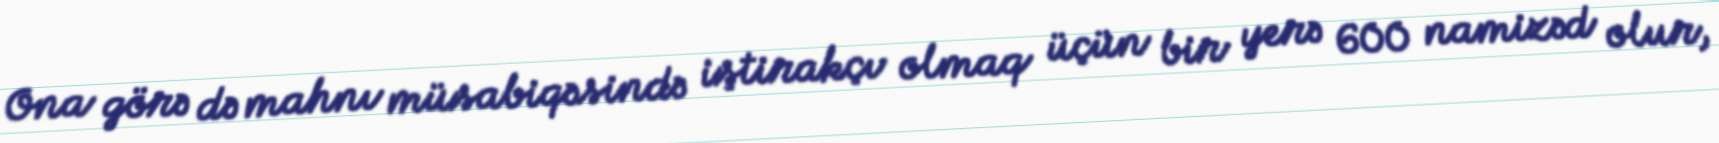
Ona görə də mahnı müsabiqəsində iştirakçı olmaq üçün bir yerə 600 namizəd olur,